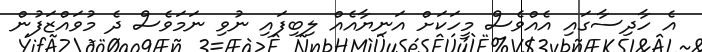
އެ ހާދިސާގައި އެއްވެސް މީހަކަށް އަނިޔާއެއް ލިބިފައި ނުވި ނަމަވެސް ދެ މުވައްޒަފުން